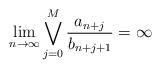
LaTeX: \begin{align*}\lim_{n\to\infty}\bigvee_{j=0}^{M}\frac{a_{n+j}}{b_{n+j+1}}=\infty\end{align*}